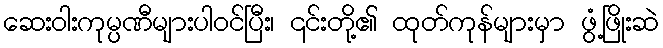
ဆေးဝါးကုမ္ပဏီများပါဝင်ပြီး၊ ၎င်းတို့၏ ထုတ်ကုန်များမှာ ဖွံ့ဖြိုးဆဲ